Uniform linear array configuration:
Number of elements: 16
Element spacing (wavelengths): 0.5
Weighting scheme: hamming
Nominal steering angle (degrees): -30
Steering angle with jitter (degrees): -31.445
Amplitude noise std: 0.05
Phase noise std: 0.05

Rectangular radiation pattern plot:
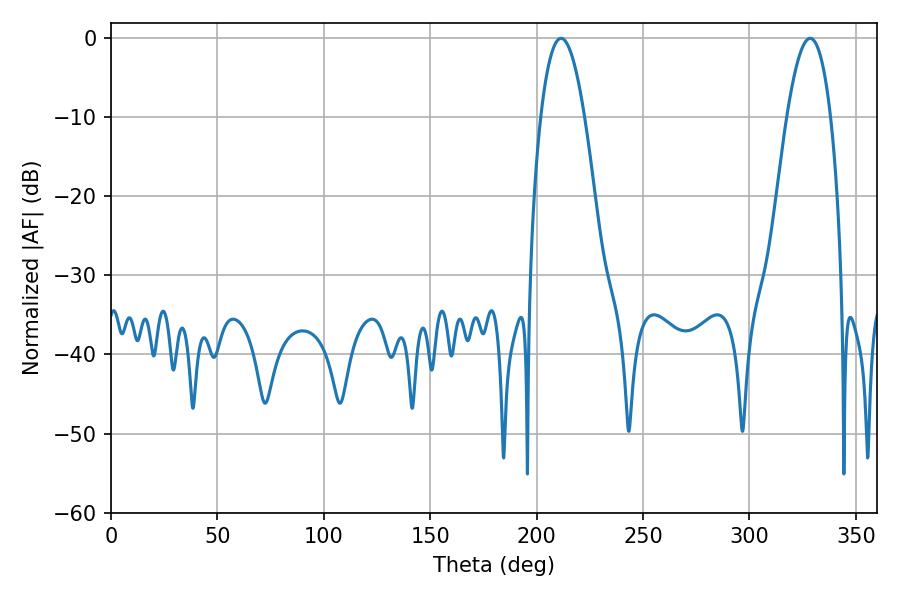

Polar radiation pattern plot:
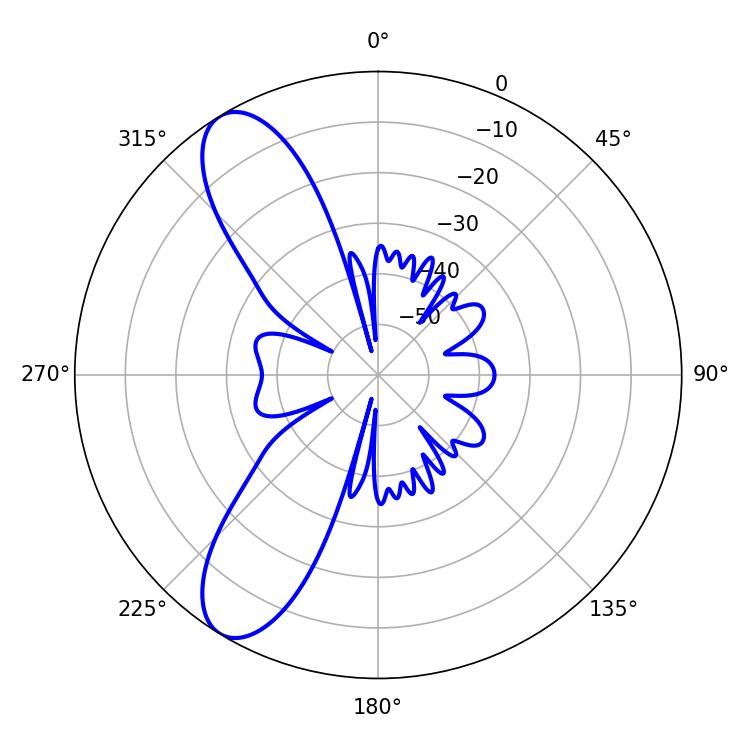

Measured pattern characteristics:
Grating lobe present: FALSE
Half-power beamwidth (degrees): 11.16
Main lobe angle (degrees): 211.5